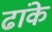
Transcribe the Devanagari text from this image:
ढांके